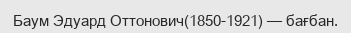
Баум Эдуард Оттонович(1850-1921) — бағбан.